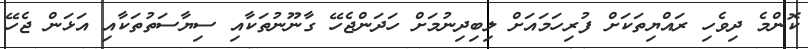
ކޮންމެ ދިވެހި ރައްޔިތަކަށް ފުރިހަމައަށް ލިބިދިނުމަށް ހަދަންޖެހޭ ގާނޫނުތަކާއި ސިޔާސަތުތަކާއި އަޅަން ޖެހޭ